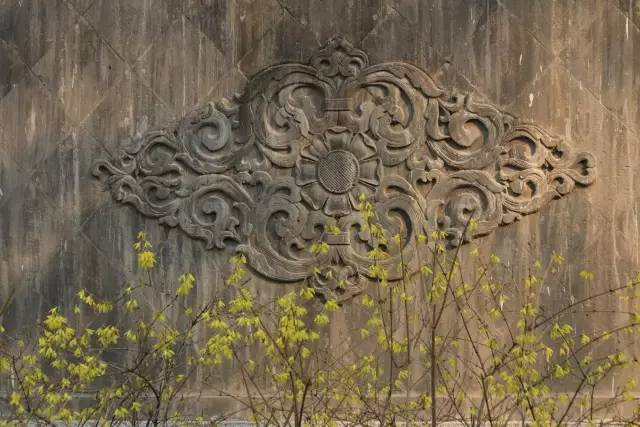
一夕轻雷落万丝，霁光浮瓦碧参差。